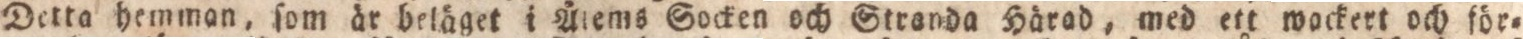
Detta hemman, ſom är beläget i Ålems Gocken och Stranda Härad, med ett wackert och för=